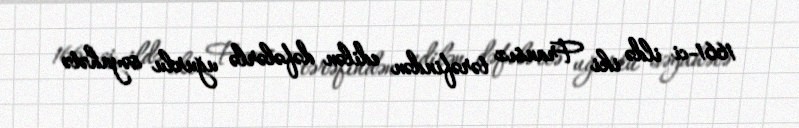
1661-ci ildə iki Fransız tərəfindən edilən dəfələrlə uğurlu səyahətə